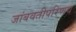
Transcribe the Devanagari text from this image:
जांबवतीपरिणय